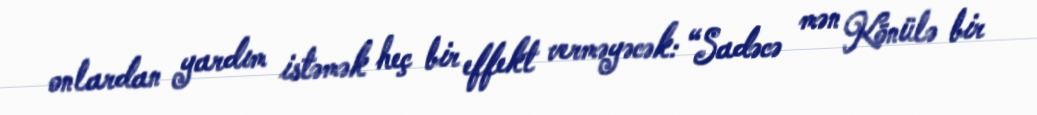
onlardan yardım istəmək heç bir effekt verməyəcək: “Sadəcə mən Könülə bir